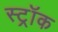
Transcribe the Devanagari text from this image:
स्ट्रॉक